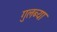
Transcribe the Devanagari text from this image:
गुलब्या